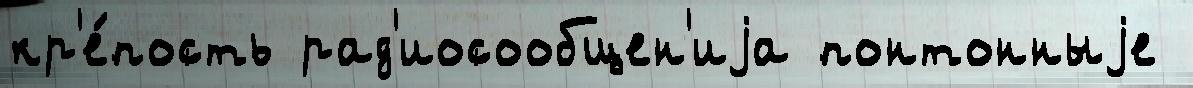
кр'е́пость рад'иосообщен'иjа понтонныjе